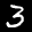
Label: 3